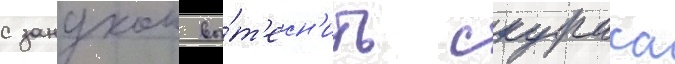
с зануком вы́т'есн'ить скураса